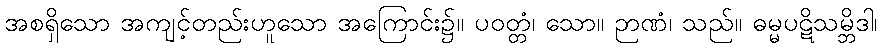
အစရှိသော အကျင့်တည်းဟူသော အကြောင်း၌။ ပဝတ္တံ၊ သော။ ဉာဏံ၊ သည်။ ဓမ္မပဋိသမ္ဘိဒါ၊